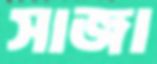
সাজা